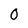
Character: 0